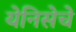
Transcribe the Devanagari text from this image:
येनिसेचे